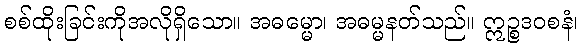
စစ်ထိုးခြင်းကိုအလိုရှိသော။ အဓမ္မော၊ အဓမ္မနတ်သည်။ ဣဉ္စဒဝစနံ၊